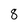
Character: 8